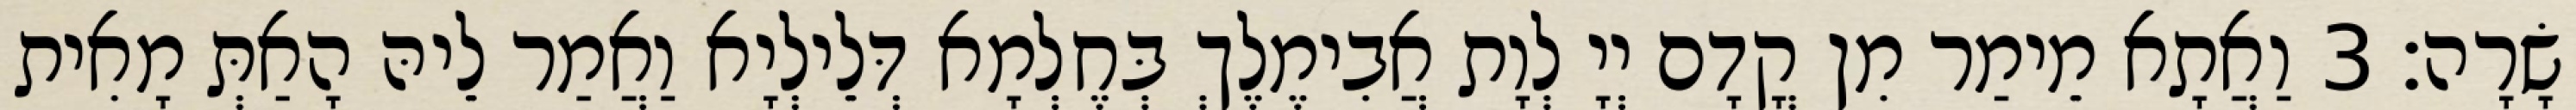
שָׂרָה׃ 3 וַאֲתָא מֵימַר מִן קֳדָם יְיָ לְוָת אֲבִימֶלֶךְ בְּחֶלְמָא דְּלֵילְיָא וַאֲמַר לֵיהּ הָאַתְּ מָאִית